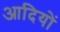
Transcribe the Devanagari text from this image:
आदियों